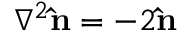
\nabla ^ { 2 } \mathbf { \hat { n } } = - 2 \mathbf { \hat { n } }